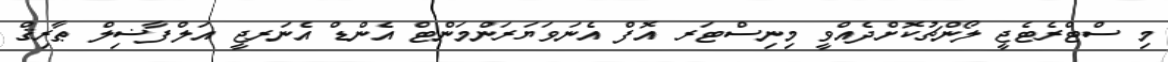
މި ސްޓްރެޓެޖީ ލޯންޗުކޮށްދެއްވީ މިނިސްޓަރ އޮފް އެނަވަޔަރަންމަންޓް އެންޑް އެނަރޖީ އަލްފާޟިލް ޠާރިޤް